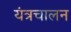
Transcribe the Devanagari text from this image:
यंत्रचालन